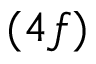
( 4 f )